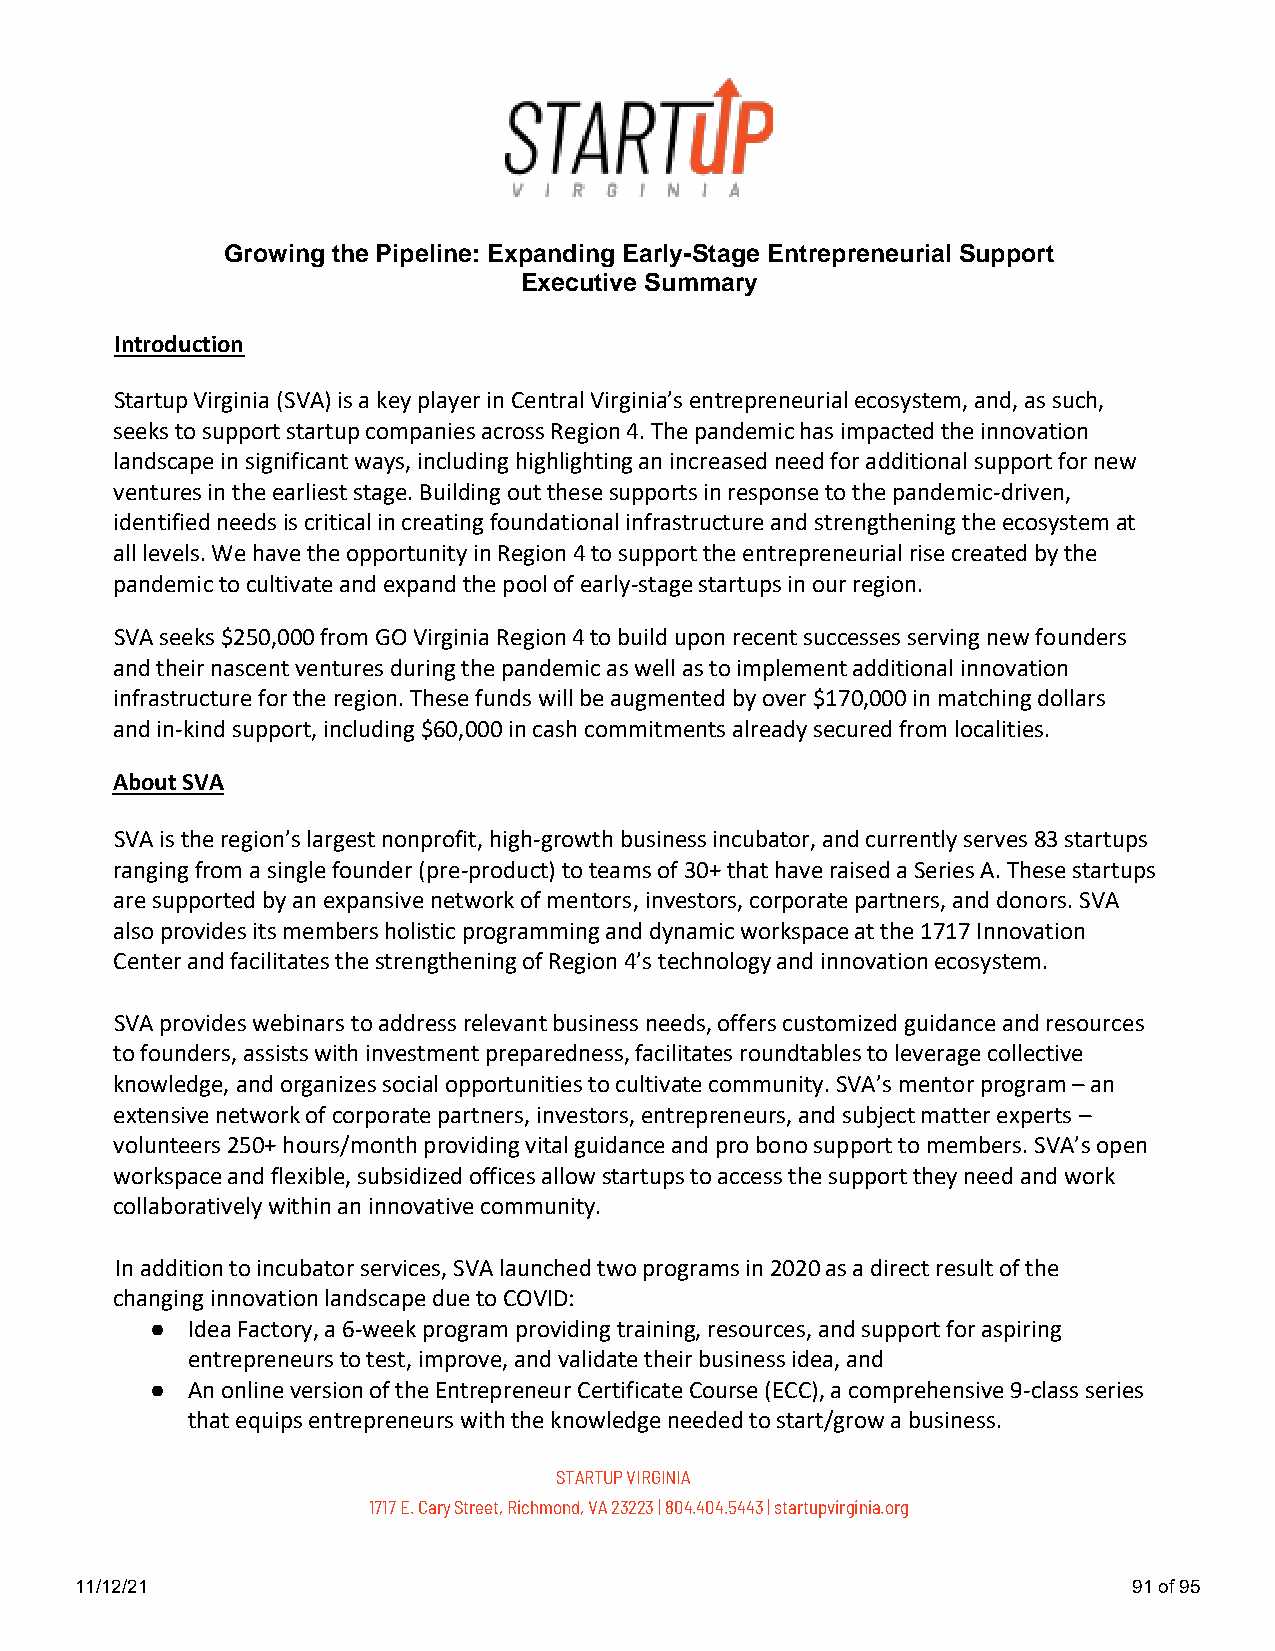
Growing the Pipeline: Expanding Early-Stage Entrepreneurial Support
 Executive Summary
 Introduction
 Startup Virginia (SVA) is a key player in Central Virginia’s entrepreneurial ecosystem, and, as such,
 seeks to support startup companies across Region 4. The pandemic has impacted the innovation
 landscape in significant ways, including highlighting an increased need for additional support for new
 ventures in the earliest stage. Building out these supports in response to the pandemic-driven,
 identified needs is critical in creating foundational infrastructure and strengthening the ecosystem at
 all levels. We have the opportunity in Region 4 to support the entrepreneurial rise created by the
 pandemic to cultivate and expand the pool of early-stage startups in our region.
 SVA seeks $250,000 from GO Virginia Region 4 to build upon recent successes serving new founders
 and their nascent ventures during the pandemic as well as to implement additional innovation
 infrastructure for the region. These funds will be augmented by over $170,000 in matching dollars
 and in-kind support, including $60,000 in cash commitments already secured from localities.
 About SVA
 SVA is the region’s largest nonprofit, high-growth business incubator, and currently serves 83 startups
 ranging from a single founder (pre-product) to teams of 30+ that have raised a Series A. These startups
 are supported by an expansive network of mentors, investors, corporate partners, and donors. SVA
 also provides its members holistic programming and dynamic workspace at the 1717 Innovation
 Center and facilitates the strengthening of Region 4’s technology and innovation ecosystem.
 SVA provides webinars to address relevant business needs, offers customized guidance and resources
 to founders, assists with investment preparedness, facilitates roundtables to leverage collective
 knowledge, and organizes social opportunities to cultivate community. SVA’s mentor program – an
 extensive network of corporate partners, investors, entrepreneurs, and subject matter experts –
 volunteers 250+ hours/month providing vital guidance and pro bono support to members. SVA’s open
 workspace and flexible, subsidized offices allow startups to access the support they need and work
 collaboratively within an innovative community.
 In addition to incubator services, SVA launched two programs in 2020 as a direct result of the
 changing innovation landscape due to COVID:
 ● Idea Factory, a 6-week program providing training, resources, and support for aspiring
 entrepreneurs to test, improve, and validate their business idea, and
 ● An online version of the Entrepreneur Certificate Course (ECC), a comprehensive 9-class series
 that equips entrepreneurs with the knowledge needed to start/grow a business.
 STARTUP VIRGINIA
 1717 E. Cary Street, Richmond, VA 23223 | 804.404.5443 | startupvirginia.org
 11/12/21                                                              91 of 95